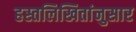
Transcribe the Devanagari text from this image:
हस्तलिखितांनुसार